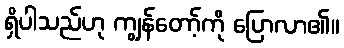
ရှိပါသည်ဟု ကျွန်တော့်ကို ပြောလာ၏။